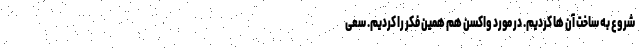
شروع به ساخت آن ها کردیم. در مورد واکسن هم همین فکر را کردیم. سعی